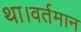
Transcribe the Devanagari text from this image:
था।वर्तमान